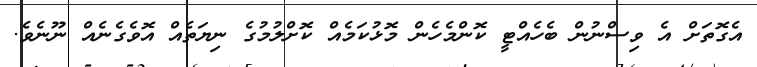
އެގޮތަށް އެ ވިސްނުން ބެހެއްޓީ ކޮންމެހެން މޮޅުކަމެެއް ކޮށްލުމުގެ ނިޔަތެއް އޮވެގެނެއް ނޫނެވެ.